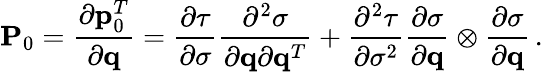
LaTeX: {\mathbf P}_{0}=\frac{\partial{\mathbf p}_{0}^{T}}{\partial{\mathbf q}}=\frac{\partial\tau}{\partial\sigma}\frac{\partial^{2}\sigma}{\partial{\mathbf q}\partial{\mathbf q}^{T}}+\frac{\partial^{2}\tau}{\partial\sigma^{2}}\frac{\partial\sigma}{\partial{\mathbf q}}\otimes\frac{\partial\sigma}{\partial{\mathbf q}}\, .